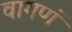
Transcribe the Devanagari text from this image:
वागणं